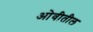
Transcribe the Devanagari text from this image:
ओवीतील